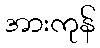
အားကုန်